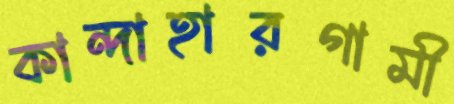
কান্দাহারগামী